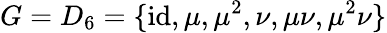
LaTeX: G=D_{6}=\{ {\mathrm{id}},\mu,\mu^{2},\nu,\mu\nu,\mu^{2}\nu\}